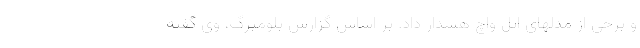
و برخی از مدلهای اپل واچ هشدار داد. بر اساس گزارش بلومبرگ، وی گفته